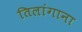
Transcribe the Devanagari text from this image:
तिलांगाना